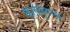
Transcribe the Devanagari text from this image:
कलयुगला